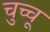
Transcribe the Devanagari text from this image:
चुच्चू